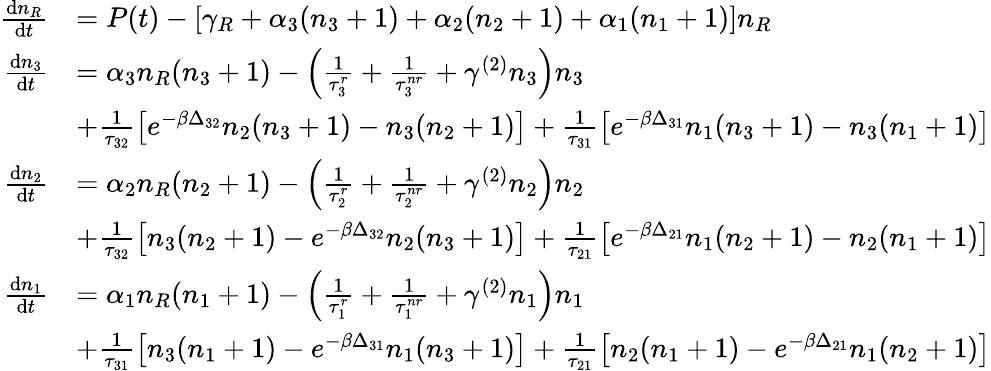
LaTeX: \begin{array}{rl}{\frac{\mathrm{d}n_{R}}{\mathrm{d}t}}&{=P(t)-\left[\gamma_{R}+\alpha_{3}(n_{3}+1)+\alpha_{2}(n_{2}+1)+\alpha_{1}(n_{1}+1)\right]n_{R}}\\ {\frac{\mathrm{d}n_{3}}{\mathrm{d}t}}&{=\alpha_{3}n_{R}(n_{3}+1)-\left(\frac{1}{\tau_{3}^{r}}+\frac{1}{\tau_{3}^{nr}}+\gamma^{(2)}n_{3}\right)n_{3}}\\ &{+\frac{1}{\tau_{32}}\left[e^{-\beta\Delta_{32}}n_{2}(n_{3}+1)-n_{3}(n_{2}+1)\right]+\frac{1}{\tau_{31}}\left[e^{-\beta\Delta_{31}}n_{1}(n_{3}+1)-n_{3}(n_{1}+1)\right]}\\ {\frac{\mathrm{d}n_{2}}{\mathrm{d}t}}&{=\alpha_{2}n_{R}(n_{2}+1)-\left(\frac{1}{\tau_{2}^{r}}+\frac{1}{\tau_{2}^{nr}}+\gamma^{(2)}n_{2}\right)n_{2}}\\ &{+\frac{1}{\tau_{32}}\left[n_{3}(n_{2}+1)-e^{-\beta\Delta_{32}}n_{2}(n_{3}+1)\right]+\frac{1}{\tau_{21}}\left[e^{-\beta\Delta_{21}}n_{1}(n_{2}+1)-n_{2}(n_{1}+1)\right]}\\ {\frac{\mathrm{d}n_{1}}{\mathrm{d}t}}&{=\alpha_{1}n_{R}(n_{1}+1)-\left(\frac{1}{\tau_{1}^{r}}+\frac{1}{\tau_{1}^{nr}}+\gamma^{(2)}n_{1}\right)n_{1}}\\ &{+\frac{1}{\tau_{31}}\left[n_{3}(n_{1}+1)-e^{-\beta\Delta_{31}}n_{1}(n_{3}+1)\right]+\frac{1}{\tau_{21}}\left[n_{2}(n_{1}+1)-e^{-\beta\Delta_{21}}n_{1}(n_{2}+1)\right]}\end{array}